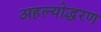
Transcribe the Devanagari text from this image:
अहल्योद्धरण